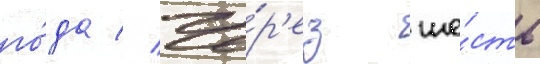
го́да // Че́р'ез ше́сть